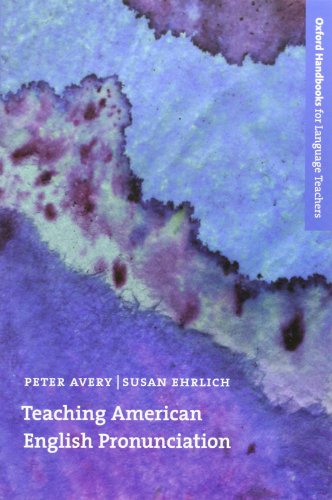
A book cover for Teaching American English Pronunciation (Oxford Handbooks for Language Teachers Series); Peter Avery; Reference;